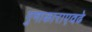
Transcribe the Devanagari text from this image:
गुणाकाराएवढे